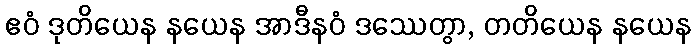
ဧဝံ ဒုတိယေန နယေန အာဒီနဝံ ဒဿေတွာ, တတိယေန နယေန